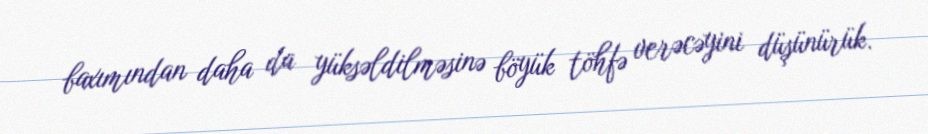
baxımından daha da yüksəldilməsinə böyük töhfə verəcəyini düşünürük.